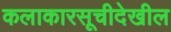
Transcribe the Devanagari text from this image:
कलाकारसूचीदेखील